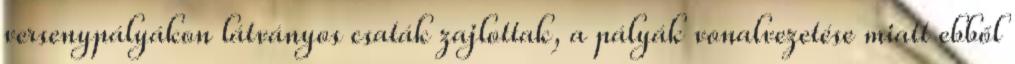
versenypályákon látványos csaták zajlottak, a pályák vonalvezetése miatt ebből